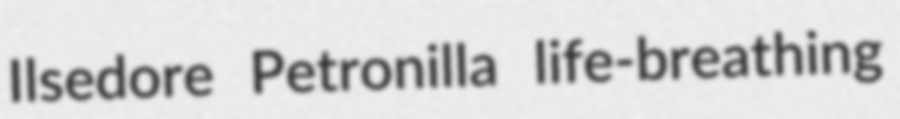
Ilsedore Petronilla life-breathing